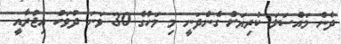
ދެން މައްސަލަ ކުރިޔަށް ގެންދަނީ މި މަހުގެ 30 ވަނަ ދުވަހު އިޖުރާއީ